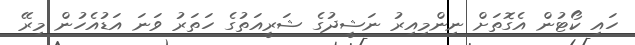
ހައި ކޯޓުން އެގޮތަށް ނިންމިއިރު ނަޝީދުގެ ޝަރީއަތުގެ ހަތަރު ވަނަ އަޑުއެހުން މިރޭ